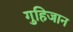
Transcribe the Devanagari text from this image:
गुहिजान